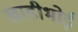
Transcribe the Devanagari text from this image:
खाडीभोई